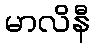
မာလိနီ